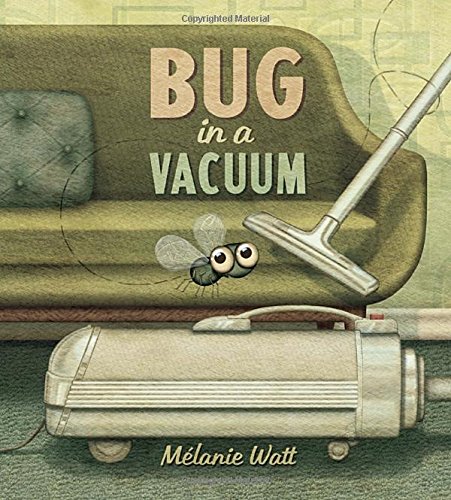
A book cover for Bug in a Vacuum; Melanie Watt; Children's Books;